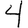
Digit: 4